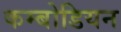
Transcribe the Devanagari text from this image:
कम्बोडियन